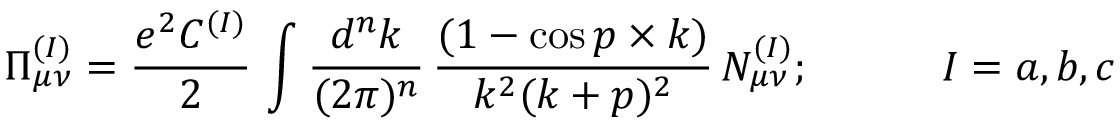
\Pi _ { \mu \nu } ^ { ( I ) } = { \frac { e ^ { 2 } C ^ { ( I ) } } { 2 } } \, \int { \frac { d ^ { n } k } { ( 2 \pi ) ^ { n } } } \, { \frac { ( 1 - \cos p \times k ) } { k ^ { 2 } ( k + p ) ^ { 2 } } } \, N _ { \mu \nu } ^ { ( I ) } ; \; \; \; \; \; \; \; \; \; \; \; I = a , b , c